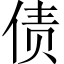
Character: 债